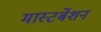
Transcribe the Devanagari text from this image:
मास्टर्बेशन